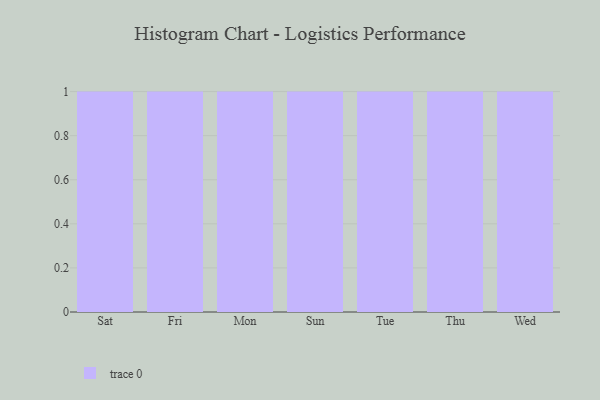
{"axis": {"x": "Day", "y": "Active Users"}, "legend": [""], "data": [{"x": "Sat", "y": 42, "type": ""}, {"x": "Fri", "y": 96, "type": ""}, {"x": "Mon", "y": 27, "type": ""}, {"x": "Sun", "y": 78, "type": ""}, {"x": "Tue", "y": 76, "type": ""}, {"x": "Thu", "y": 59, "type": ""}, {"x": "Wed", "y": 85, "type": ""}]}